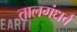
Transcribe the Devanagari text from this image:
तालगंधर्व